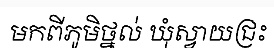
មកពីភូមិថ្នល់ ឃុំស្វាយជ្រះ